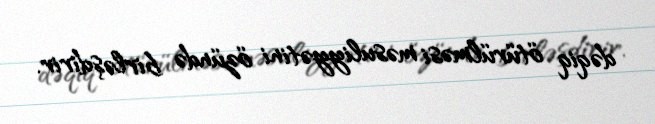
dəqiq ötürülməsi məsuliyyətini özündə birləşdirir.